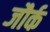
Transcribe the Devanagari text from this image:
ब्जौर्क